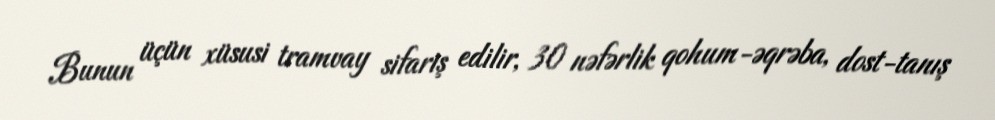
Bunun üçün xüsusi tramvay sifariş edilir, 30 nəfərlik qohum-əqrəba, dost-tanış